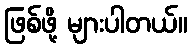
ဖြစ်ဖို့ များပါတယ်။